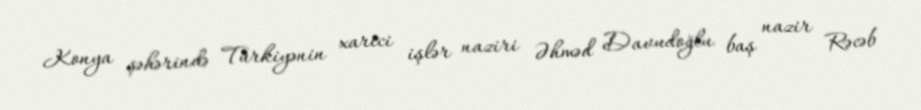
Konya şəhərində Türkiyənin xarici işlər naziri Əhməd Davudoğlu baş nazir Rəcəb